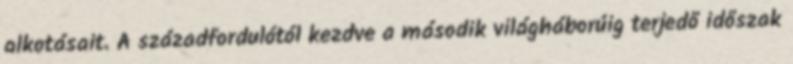
alkotásait. A századfordulótól kezdve a második világháborúig terjedő időszak